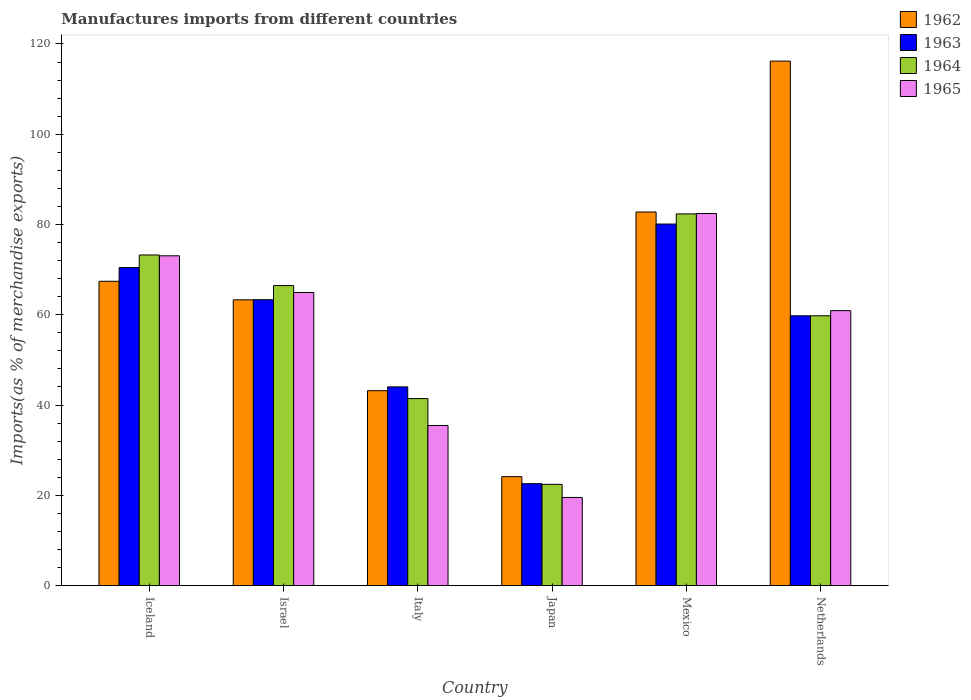
| Country | 1962 | 1963 | 1964 | 1965 |
 | --- | --- | --- | --- | --- |
 | Iceland | 67.4 | 70.5 | 73.3 | 73.1 |
 | Israel | 63.3 | 63.3 | 66.5 | 64.9 |
 | Italy | 43.2 | 44 | 41.4 | 35.5 |
 | Japan | 24.1 | 22.6 | 22.4 | 19.5 |
 | Mexico | 82.8 | 80.1 | 82.4 | 82.4 |
 | Netherlands | 116 | 59.8 | 59.8 | 60.9 |